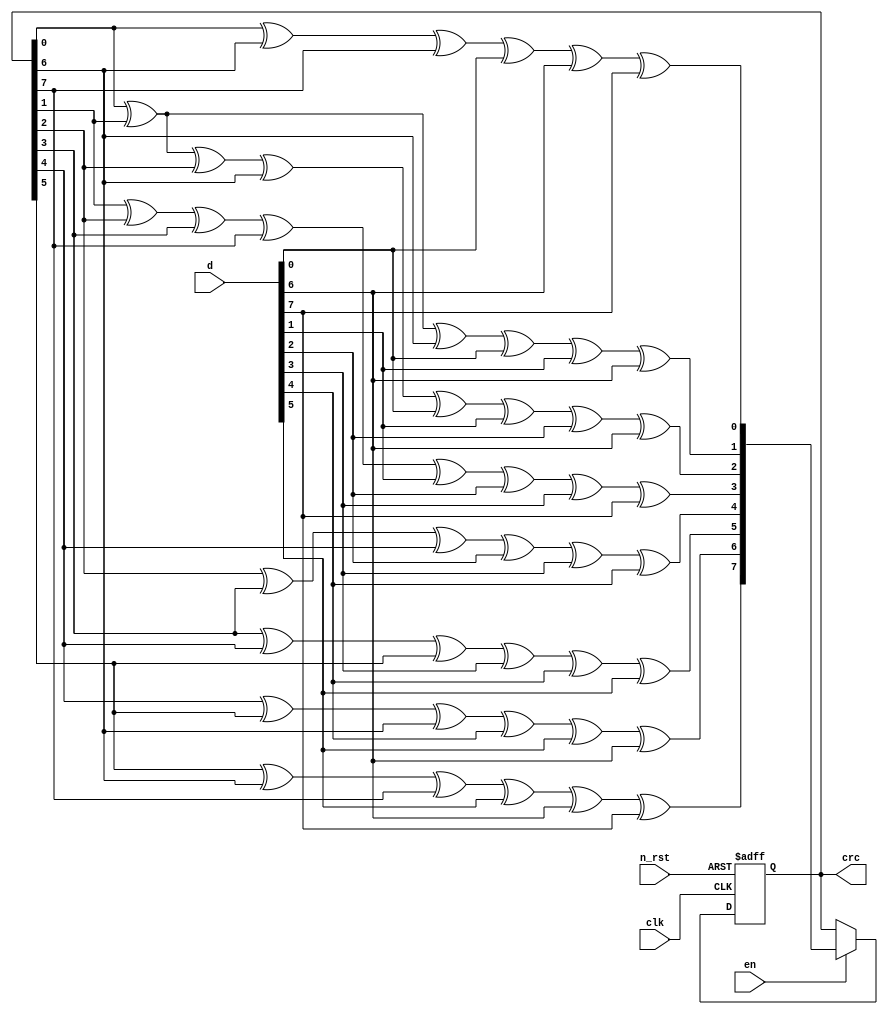
module crc8_atm_calc (
  input clk,
  input n_rst,
  input en,
  input [7:0] d,
  output reg [7:0] crc
);

wire[7:0] c;

assign c[0] = crc[0] ^ crc[6] ^ crc[7] ^ d[0] ^ d[6] ^ d[7];
assign c[1] = crc[0] ^ crc[1] ^ crc[6] ^ d[0] ^ d[1] ^ d[6];
assign c[2] = crc[0] ^ crc[1] ^ crc[2] ^ crc[6] ^ d[0] ^ d[1] ^ d[2] ^ d[6];
assign c[3] = crc[1] ^ crc[2] ^ crc[3] ^ crc[7] ^ d[1] ^ d[2] ^ d[3] ^ d[7];
assign c[4] = crc[2] ^ crc[3] ^ crc[4] ^ d[2] ^ d[3] ^ d[4];
assign c[5] = crc[3] ^ crc[4] ^ crc[5] ^ d[3] ^ d[4] ^ d[5];
assign c[6] = crc[4] ^ crc[5] ^ crc[6] ^ d[4] ^ d[5] ^ d[6];
assign c[7] = crc[5] ^ crc[6] ^ crc[7] ^ d[5] ^ d[6] ^ d[7];

always@(posedge clk or negedge n_rst)
begin
	if(n_rst == 0) 
		crc = 0;
    else
      crc = en ? c : crc;
end
endmodule